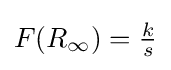
{\textstyle F(R_{\infty })={\frac {k}{s}}}